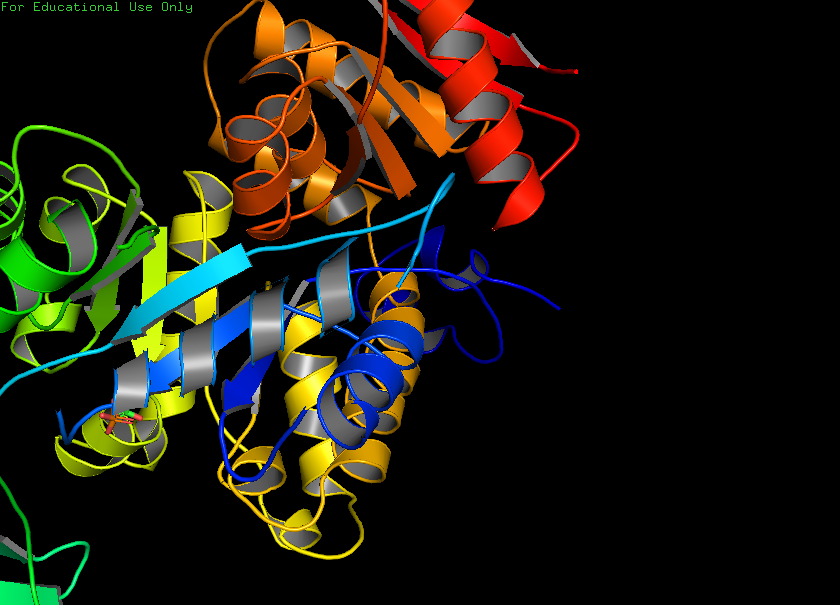
pymol, preset, publication